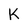
Character: K